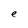
Character: e